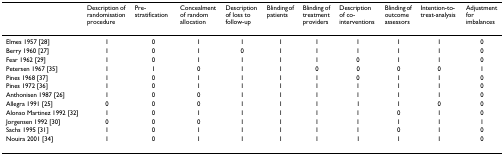
|  | Description of randomisation procedure | Pre- stratification | Concealment of random allocation | Description of loss to follow-up | Blinding of patients | Blinding of treatment providers | Description of co- interventions | Blinding of outcome assessors | Intention-to-treat-analysis | Adjustment for imbalances |
 | --- | --- | --- | --- | --- | --- | --- | --- | --- | --- | --- |
 | Elmes 1957 [28] | 1 | 0 | 1 | 1 | 1 | 1 | 1 | 1 | 1 | 0 |
 | Berry 1960 [27] | 1 | 0 | 1 | 0 | 1 | 1 | 1 | 1 | 1 | 0 |
 | Fear 1962 [29] | 1 | 0 | 1 | 1 | 1 | 1 | 0 | 1 | 1 | 0 |
 | Petersen 1967 [35] | 1 | 1 | 0 | 1 | 1 | 0 | 0 | 0 | 0 | 1 |
 | Pines 1968 [37] | 1 | 0 | 1 | 1 | 1 | 1 | 0 | 1 | 1 | 0 |
 | Pines 1972 [36] | 1 | 0 | 1 | 1 | 1 | 1 | 1 | 1 | 1 | 0 |
 | Anthonisen 1987 [26] | 1 | 0 | 0 | 1 | 1 | 1 | 1 | 1 | 1 | 0 |
 | Allegra 1991 [25] | 0 | 0 | 0 | 1 | 1 | 1 | 1 | 1 | 0 | 0 |
 | Alonso Martinez 1992 [32] | 1 | 0 | 1 | 1 | 1 | 1 | 1 | 0 | 1 | 0 |
 | Jorgensen 1992 [30] | 0 | 0 | 0 | 1 | 1 | 1 | 1 | 1 | 1 | 1 |
 | Sachs 1995 [31] | 1 | 0 | 1 | 1 | 1 | 1 | 1 | 0 | 1 | 0 |
 | Nouira 2001 [34] | 1 | 0 | 1 | 1 | 1 | 1 | 1 | 1 | 1 | 0 |